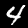
Label: 4